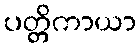
ပတ္တိကာယာ